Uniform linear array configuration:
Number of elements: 48
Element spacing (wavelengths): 0.25
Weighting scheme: binomial
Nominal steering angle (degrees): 0
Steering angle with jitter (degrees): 0.4618
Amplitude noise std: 0.05
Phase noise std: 0.05

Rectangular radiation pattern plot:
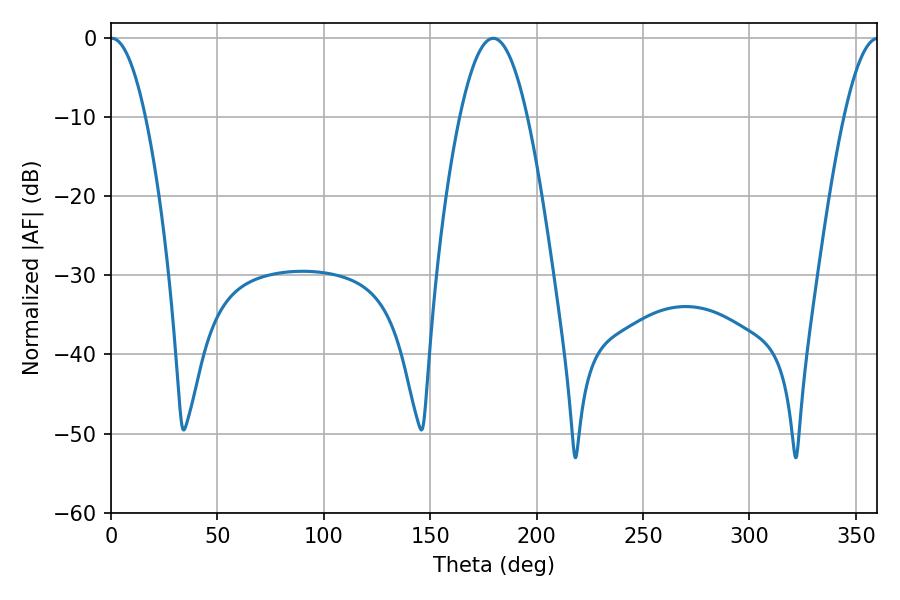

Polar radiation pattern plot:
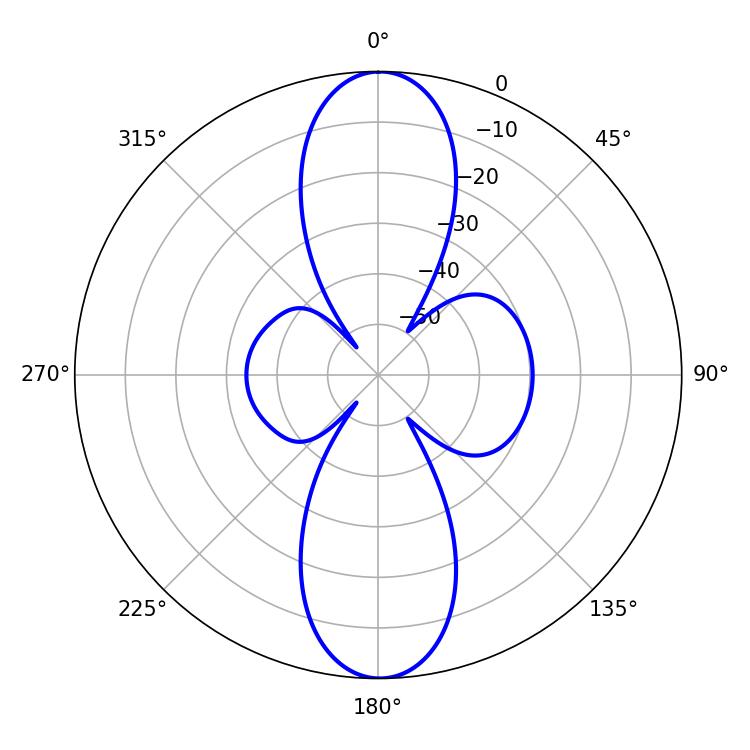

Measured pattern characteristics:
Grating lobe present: FALSE
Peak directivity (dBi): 26.905
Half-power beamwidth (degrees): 9
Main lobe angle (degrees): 0.36